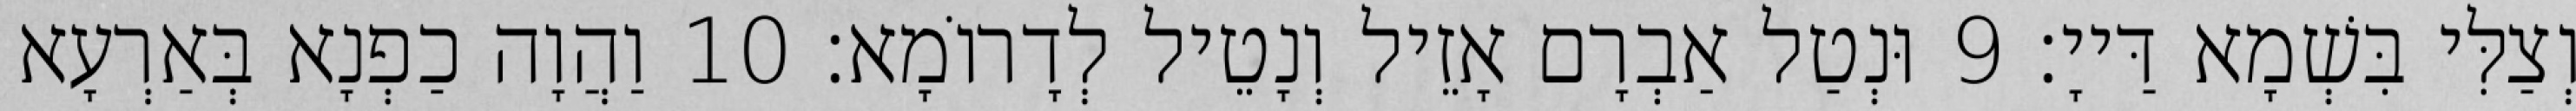
וְצַלִּי בִּשְׁמָא דַּייָ׃ 9 וּנְטַל אַבְרָם אָזֵיל וְנָטֵיל לְדָרוֹמָא׃ 10 וַהֲוָה כַפְנָא בְּאַרְעָא